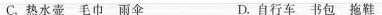
C.热水壶 毛巾 雨伞 D.自行车书包 拖鞋